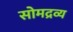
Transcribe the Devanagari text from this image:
सोमद्रव्य